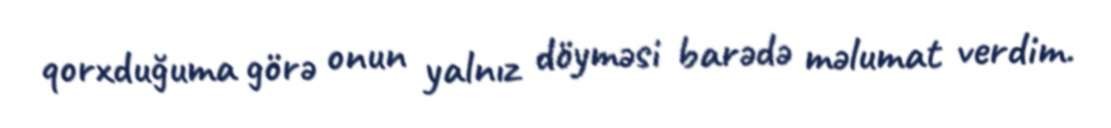
qorxduğuma görə onun yalnız döyməsi barədə məlumat verdim.